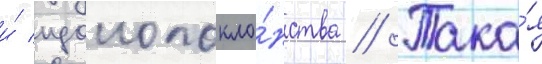
и́ идолопокло́нства // Така́я